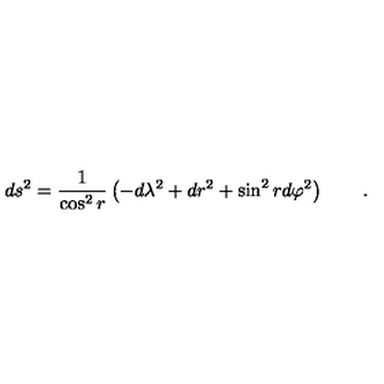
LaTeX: d s ^ { 2 } = \frac 1 { \cos ^ { 2 } r } \left( - d \lambda ^ { 2 } + d r ^ { 2 } + \sin ^ { 2 } r d \varphi ^ { 2 } \right) \qquad .